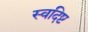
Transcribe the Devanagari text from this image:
स्वदिष्ट